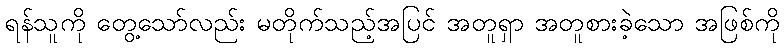
ရန်သူကို တွေ့သော်လည်း မတိုက်သည့်အပြင် အတူရှာ အတူစားခဲ့သော အဖြစ်ကို